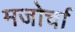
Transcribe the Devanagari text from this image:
मजोर्चा